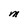
Character: M